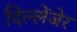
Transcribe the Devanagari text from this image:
दिल्लेंजेर